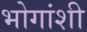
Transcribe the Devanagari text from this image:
भोगांशी